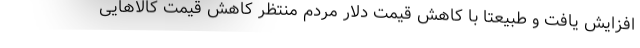
افزایش یافت و طبیعتا با کاهش قیمت دلار مردم منتظر کاهش قیمت کالاهایی